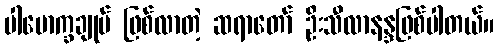
ပါမောက္ခချုပ် ဖြစ်လာတဲ့ ဆရာတော် ဦးသီလာနန္ဒဖြစ်ပါတယ်။